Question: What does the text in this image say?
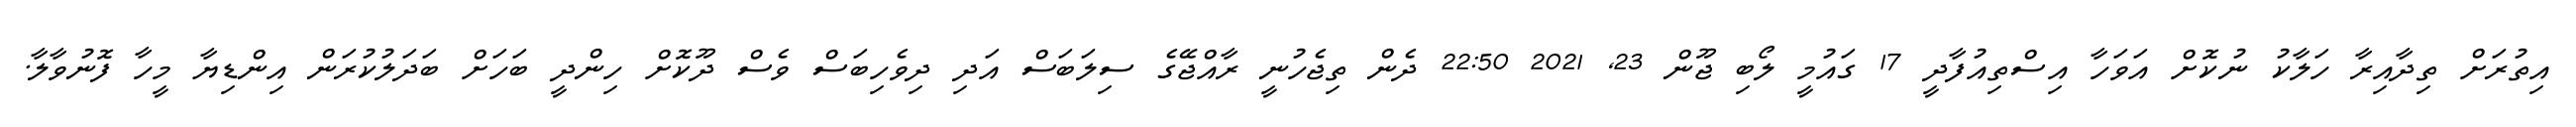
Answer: އިތުރަށް ތިދާއިރާ ހަލާކު ނުކޮށް އަވަހާ އިސްތިއުފާދީ 17 ގައުމީ ލޯބި ޖޫން 23, 2021 22:50 ދެން ތިޖެހުނީ ރާއްޖޭގެ ސިލަބަސް އަދި ދިވެހިބަސް ވެސް ދޫކޮށް ހިންދީ ބަހަށް ބަދަލުކުރަން އިންޑިޔާ މީހާ ފޮނުވާލާ.